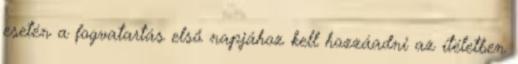
esetén a fogvatartás első napjához kell hozzáadni az ítéletben